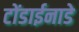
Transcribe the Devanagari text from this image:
टोंडाईनाडे